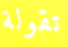
تقولة